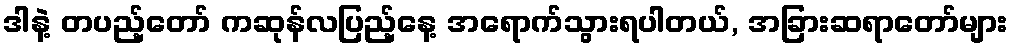
ဒါနဲ့ တပည့်တော် ကဆုန်လပြည့်နေ့ အရောက်သွားရပါတယ်, အခြားဆရာတော်များ